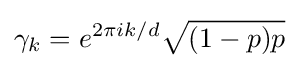
\gamma _{k}=e^{2\pi ik/d}{\sqrt {(1-p)p}}